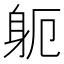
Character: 𮜯